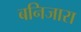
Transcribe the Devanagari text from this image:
बनिजारा